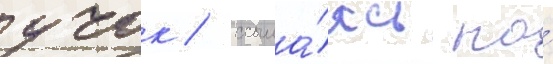
учок / ссыла́ясь на́